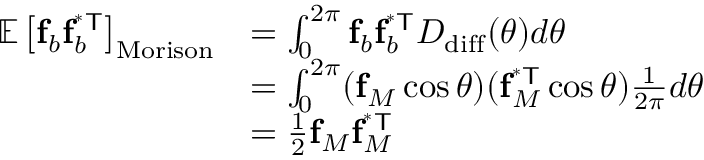
\begin{array} { r l } { \mathbb { E } \left[ \mathbf { f } _ { b } \mathbf { f } _ { b } ^ { \mathsf { ^ { * } T } } \right] _ { \mathrm { M o r i s o n } } } & { = \int _ { 0 } ^ { 2 \pi } \mathbf { f } _ { b } \mathbf { f } _ { b } ^ { \mathsf { ^ { * } T } } D _ { \mathrm { d i f f } } ( \theta ) d \theta } \\ & { = \int _ { 0 } ^ { 2 \pi } ( \mathbf { f } _ { M } \cos \theta ) ( \mathbf { f } _ { M } ^ { \mathsf { ^ { * } T } } \cos \theta ) \frac { 1 } { 2 \pi } d \theta } \\ & { = \frac { 1 } { 2 } \mathbf { f } _ { M } \mathbf { f } _ { M } ^ { \mathsf { ^ { * } T } } } \end{array}